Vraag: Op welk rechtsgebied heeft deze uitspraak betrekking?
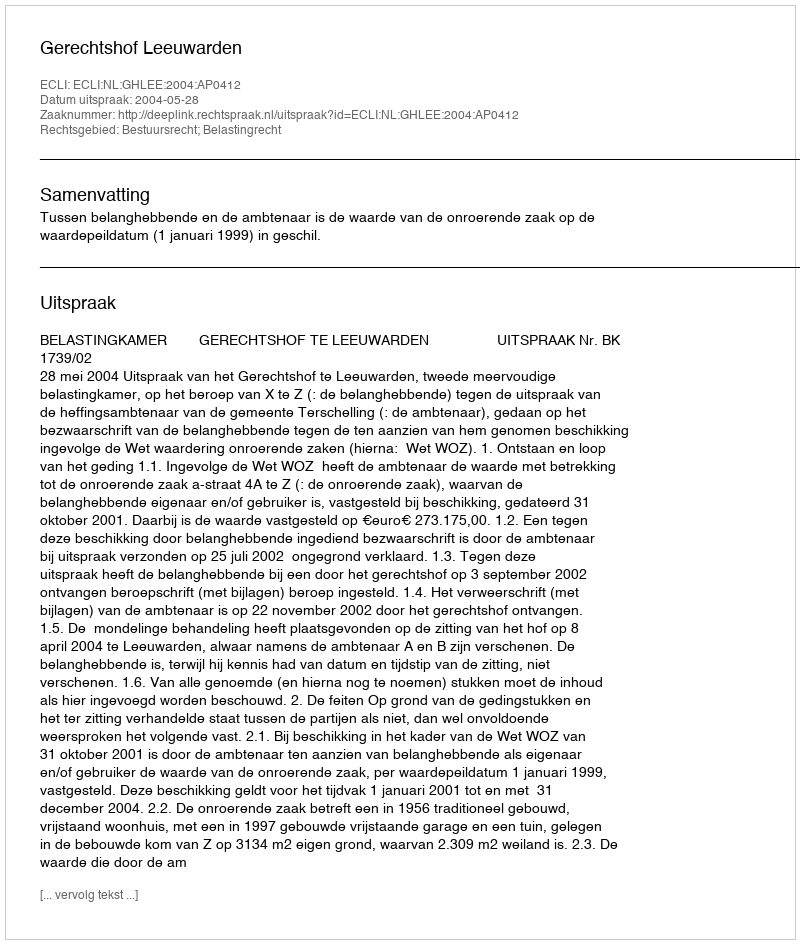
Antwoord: Bestuursrecht; Belastingrecht